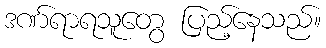
ဒဏ်ရာရသူတွေ ပြည့်နေသည်။